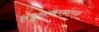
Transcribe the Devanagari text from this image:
तेंडुलकरनंतर